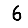
Digit: 6